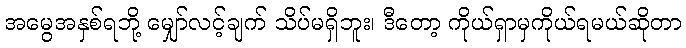
အမွေအနှစ်ရဘို့ မျှော်လင့်ချက် သိပ်မရှိဘူး၊ ဒီတော့ ကိုယ်ရှာမှကိုယ်ရမယ်ဆိုတာ